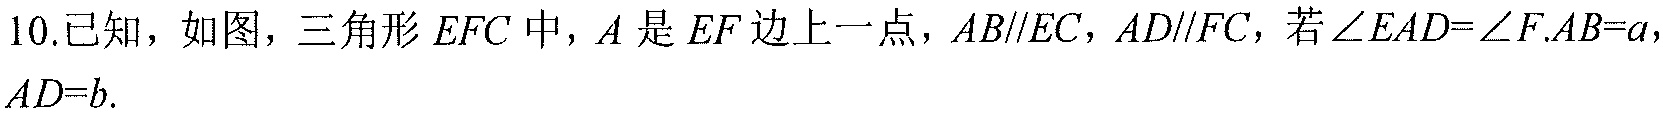
10.已知，如图，三角形\(EFC\)中，\(A\)是\(EF\)边上一点，\(AB\parallel EC\)，\(AD\parallel FC\)，若\(\angle EAD = \angle F\). \(AB = a\)，\(AD = b\).